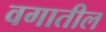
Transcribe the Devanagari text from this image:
वगातील